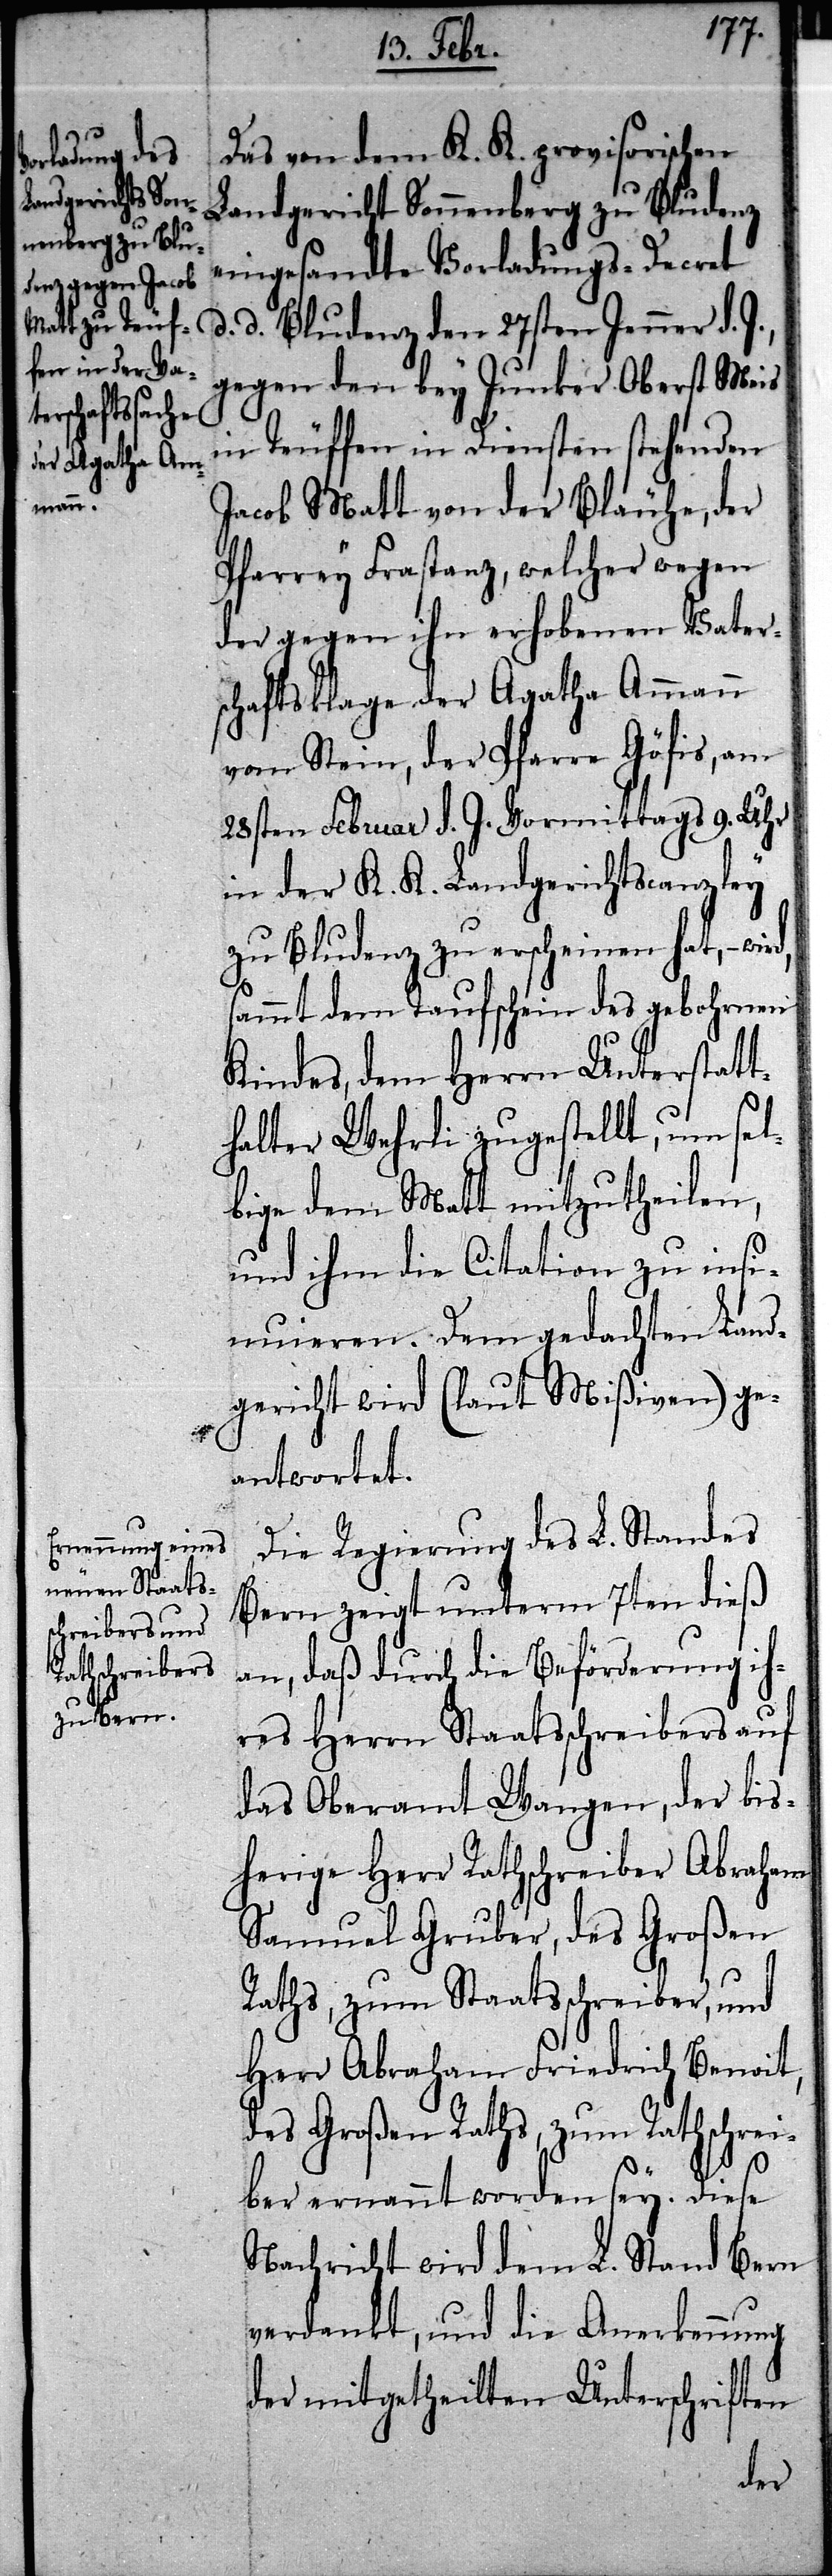
Das von dem K. K. provisorischen
Landgericht Sonnenberg zu Bludenz
eingesandte Vorladungs-Decret
d. d. Bludenz den 27sten Jenner d. J.,
gegen den bey Junker Oberst Meis
in Teuffen in Diensten stehenden
Jacob Matt von der Bläuhe, der
Pfarre Frastanz, welcher wegen
der gegen ihn erhobenen Vater¬
schaftsklage der Agatha Ammann
vom Stein, der Pfarre Göfis, am
28sten Februar d. J. Vormittags 9. Uhr
in der K. K. Landgerichtscanzley
zu Bludenz zu erscheinen hat, –
sammt dem Taufschein des gebohrnen
Kindes, dem Herrn Unterstatt¬
halter Wehrli zugestellt, um sel¬
bige dem Matt mitzutheilen,
und ihm die Citation zu insi¬
nuieren. Dem gedachten Land¬
gericht wird (laut Mißiven) ge¬
antwortet.
Die Regierung des L. Standes
Bern zeigt unterm 7ten dieß
an, daß durch die Beförderung ih¬
res Herrn Staatsschreibers auf
das Oberamt Wangen, der bis¬
herige Herr Rathschreiber Abraham
Samuel Gruber, des Großen
Raths, zum Staatsschreiber, und
Herr Abraham Friedrich Benoit,
des Großen Raths, zum Rathschrei¬
ber ernannt worden sey. Diese
Nachricht wird dem L. Stand Bern
verdankt, und die Anerkennung
der mitgetheilten Unterschriften